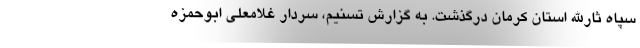
سپاه ثارالله استان کرمان درگذشت. به گزارش تسنیم، سردار غلامعلی ابوحمزه